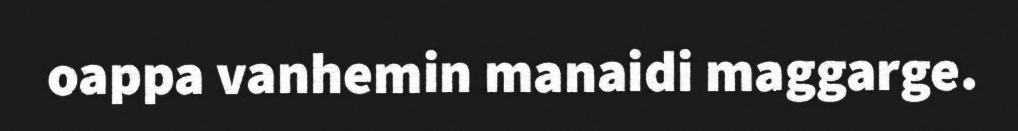
oappa vanhemin manaidi maggarge.